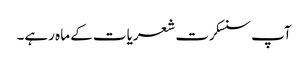
آپ سنسکرت شعریات کے ماہ رہے۔